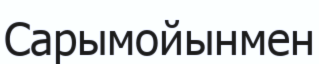
Сарымойынмен